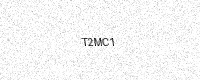
Text: T2MC1